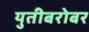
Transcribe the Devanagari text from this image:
युतीबरोबर